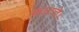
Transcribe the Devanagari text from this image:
काटते।